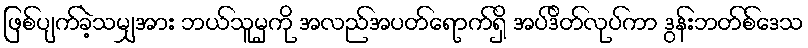
ဖြစ်ပျက်ခဲ့သမျှအား ဘယ်သူမှကို အလည်အပတ်ရောက်ရှိ အပ်ဒိတ်လုပ်ကာ ဒွန်းဘတ်စ်ဒေသ